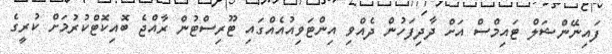
ފައިނޭންޝަލް ޓައިމްސް އަށް ދާދިފަހުން ދެއްވި އިންޓަވިއުއެއްގައި ޓޫރިސްޓުން ރާއްޖެ ބޮއިކޮޓްކުރުމަށް ކުރީގެ